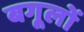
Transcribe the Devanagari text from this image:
बगूलों